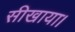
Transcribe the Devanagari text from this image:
सीखाया।